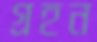
গ্রহন